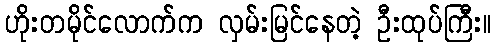
ဟိုးတမိုင်လောက်က လှမ်းမြင်နေတဲ့ ဦးထုပ်ကြီး။